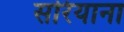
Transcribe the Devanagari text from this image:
सरियाना